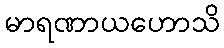
မာရဏာယဟောသိ